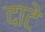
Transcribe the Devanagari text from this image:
दाटे